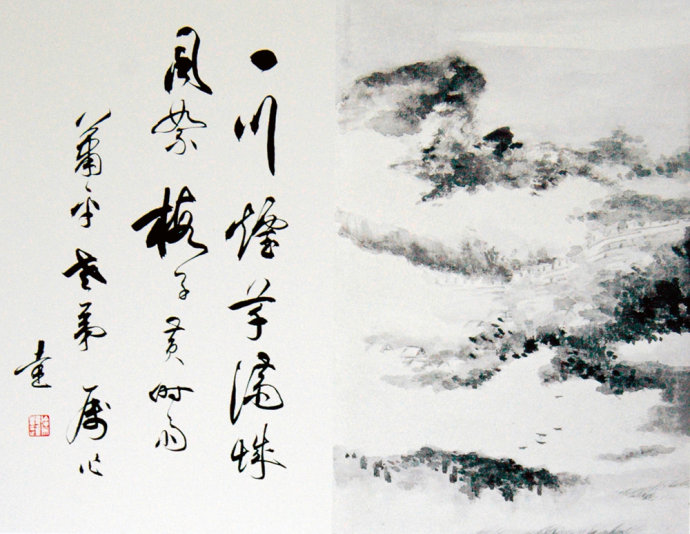
凌波不过横塘路，但目送芳尘去。